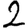
Digit: 2